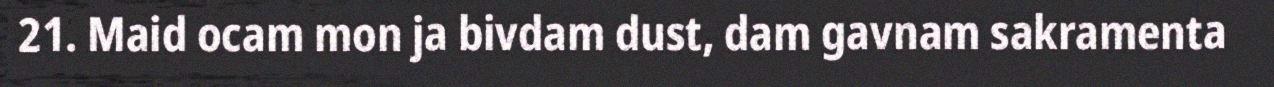
21. Maid ocam mon ja bivdam dust, dam gavnam sakramenta